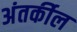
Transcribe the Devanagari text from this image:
अंतर्कील